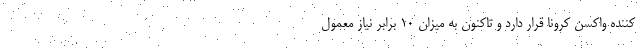
کننده واکسن کرونا قرار دارد و تاکنون به میزان 10 برابر نیاز معمول